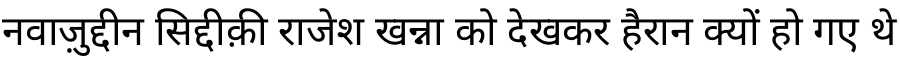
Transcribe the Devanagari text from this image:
नवाज़ुद्दीन सिद्दीक़ी राजेश खन्ना को देखकर हैरान क्यों हो गए थे